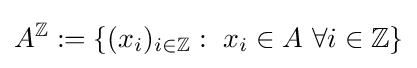
A^{\mathbb {Z} }:=\{(x_{i})_{i\in \mathbb {Z} }:\ x_{i}\in A\ \forall i\in \mathbb {Z} \}